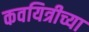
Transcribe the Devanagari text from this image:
कवयित्रीच्या